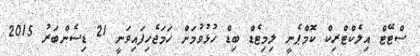
ސްޓޭޓް އިލެކްޓްރިކް ކޮމްޕެނީ ލިމިޓެޑް ބިޑް ހުޅުވުމަށް ހަމަޖެހިފައިވަނީ 21 ޑިސެންބަރު 2015